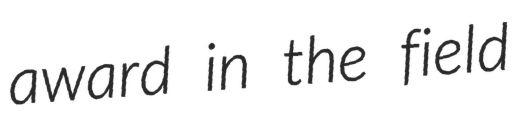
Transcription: award in the field